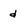
Character: d